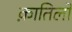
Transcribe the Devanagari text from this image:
क़ातिलों